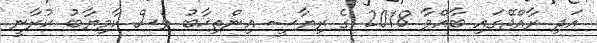
އަދި ރާއްޖޭގައި ބާއްވާ 2018 ގެ ރިޔާސީ އިންތިޚާބު ވެސް ކާމިޔާބު ކުރާނީ